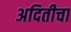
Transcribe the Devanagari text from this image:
अदितीचा